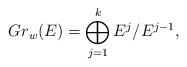
LaTeX: \begin{align*}Gr_w(E) = \bigoplus_{j =1}^{k} E^j / E^{j-1},\end{align*}